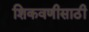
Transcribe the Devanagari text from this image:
शिकवणीसाठी